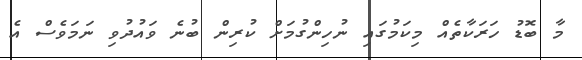
މާ ބޮޑު ހަރަކާތެއް މިކަމުގައި ނުހިންގުމަށް ކުރިން ބުނެ ވައުދުވި ނަމަވެސް އެ